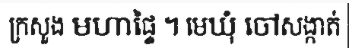
ក្រសួង មហាផ្ទៃ ។ មេឃុំ ចៅសង្កាត់